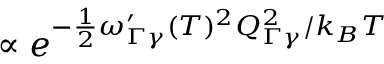
\propto e ^ { - \frac { 1 } { 2 } \omega _ { \Gamma \gamma } ^ { \prime } ( T ) ^ { 2 } Q _ { \Gamma \gamma } ^ { 2 } / k _ { B } T }